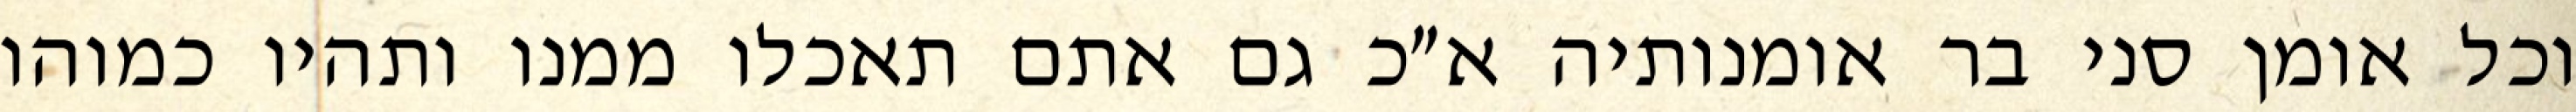
וכל אומן סני בר אומנותיה א״כ גם אתם תאכלו ממנו ותהיו כמוהו